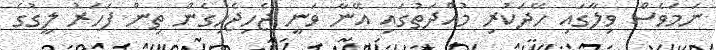
ނަމަވެސް ވިލާގައި ހޭދަކުރި މުއްދަތުގައި އޭނާ ވަނީ ޖެހިޖެހިގެން ތިން ފަހަރު ލީގުގެ